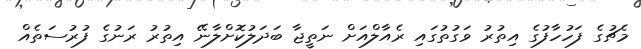
މެޗުގެ ފަހުހާފުގެ އިތުރު ވަގުތުގައި ރެއާލްއަށް ނަތީޖާ ބަދަލުކޮށްލާނޭ އިތުރު ރަނުގެ ފުރުސަތެއް